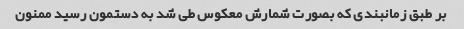
بر طبق زمانبندی که بصورت شمارش معکوس طی شد به دستمون رسید ممنون